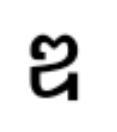
ឌ